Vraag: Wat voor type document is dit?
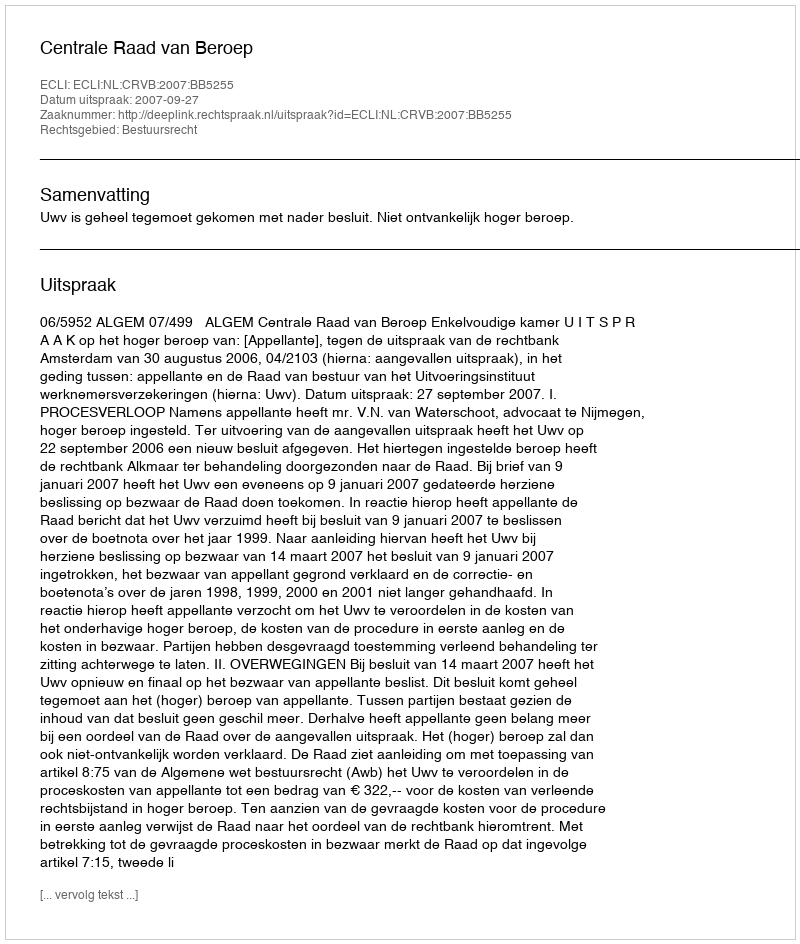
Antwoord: Uitspraak